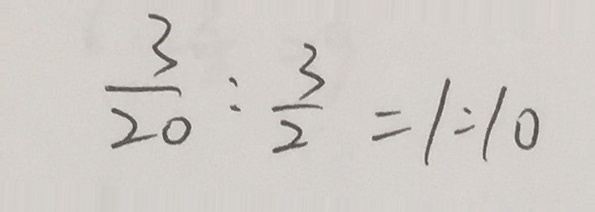
\frac { 3 } { 2 0 } : \frac { 3 } { 2 } = 1 : 1 0